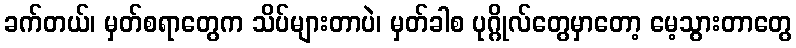
ခက်တယ်၊ မှတ်စရာတွေက သိပ်များတာပဲ၊ မှတ်ခါစ ပုဂ္ဂိုလ်တွေမှာတော့ မေ့သွားတာတွေ